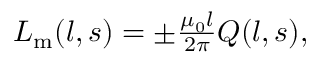
\begin{array} { r } { L _ { \mathrm { m } } ( l , s ) = \pm \frac { \mu _ { 0 } l } { 2 \pi } Q ( l , s ) , } \end{array}